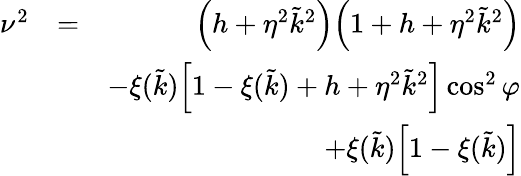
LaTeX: \begin{array}{rlr}{\nu^{2}}&{=}&{\Big(h+\eta^{2}\tilde{k}^{2}\Big)\Big(1+h+\eta^{2}\tilde{k}^{2}\Big)}\\ &{}&{-\xi(\tilde{k})\Big[1-\xi(\tilde{k})+h+\eta^{2}\tilde{k}^{2}\Big]\cos^{2}{\varphi}}\\ &{}&{+\xi(\tilde{k})\Big[1-\xi(\tilde{k})\Big]}\end{array}